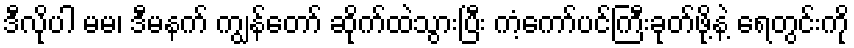
ဒီလိုပါ မမ၊ ဒီမနက် ကျွန်တော် ဆိုက်ထဲသွားပြီး ကံ့ကော်ပင်ကြီးခုတ်ဖို့နဲ့ ရေတွင်းကို